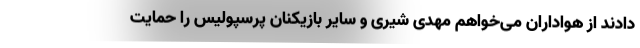
دادند از هواداران می‌خواهم مهدی شیری و سایر بازیکنان پرسپولیس را حمایت